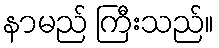
နာမည် ကြီးသည်။